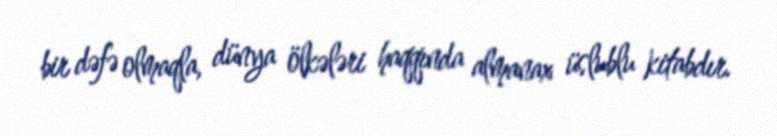
bir dəfə olmaqla, dünya ölkələri haqqında almanax üslublu kitabdır.